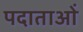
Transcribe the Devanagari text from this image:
पदाताओं